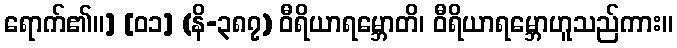
ရောက်၏။] [၀၁] (နိ-၃၈၇) ဝီရိယာရမ္ဘောတိ၊ ဝီရိယာရမ္ဘောဟူသည်ကား။